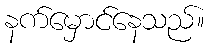
နက်မှောင်နေသည်။